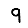
Digit: 9